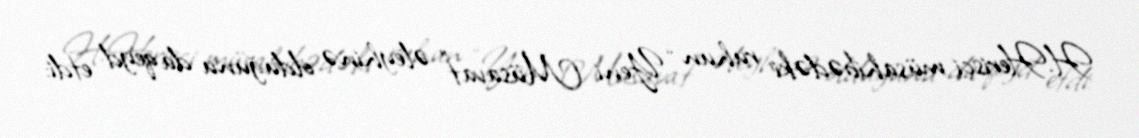
H.Herisçi müsahibədəki ruhun “Yeni Müsavat” əleyhinə olduğunu da qeyd etdi: